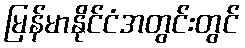
မြန်မာနိုင်ငံအတွင်းတွင်